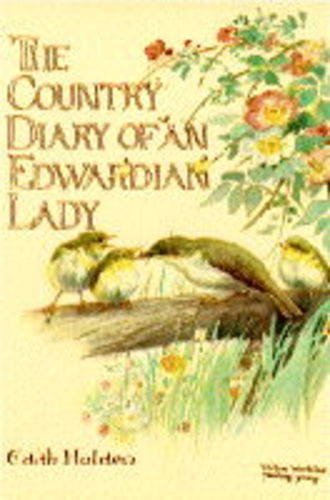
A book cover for The Country Diary of an Edwardian Lady; Edith Holden; Crafts, Hobbies & Home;